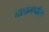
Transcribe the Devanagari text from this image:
घशामधील